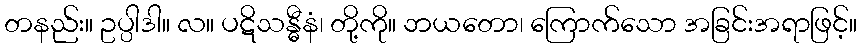
တနည်း။ ဥပ္ပါဒါ။ လ။ ပဋိသန္ဓီနံ၊ တို့ကို။ ဘယတော၊ ကြောက်သော အခြင်းအရာဖြင့်။